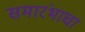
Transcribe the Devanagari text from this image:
समारंभाचा